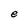
Character: e